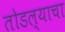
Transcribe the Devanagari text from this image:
तोडल्याचा